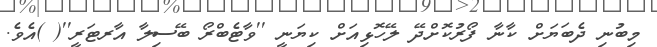
މިބުނި ދެބަޔަށް ކާނާ ފޯރުކޮށްދޭ ލޭހޮޅިއަށް ކިޔަނީ ''ވާޓެބްރޯ ބޭސިލާ އާރޓަރީ''( )އެވެ.